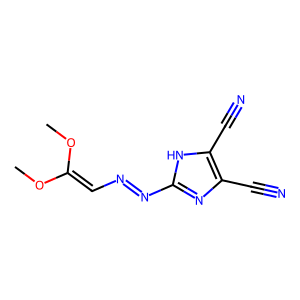
SMILES: COC(=CN=Nc1nc(C#N)c(C#N)[nH]1)OC
Inhibits HIV replication: No